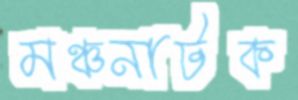
মঞ্চনাটক